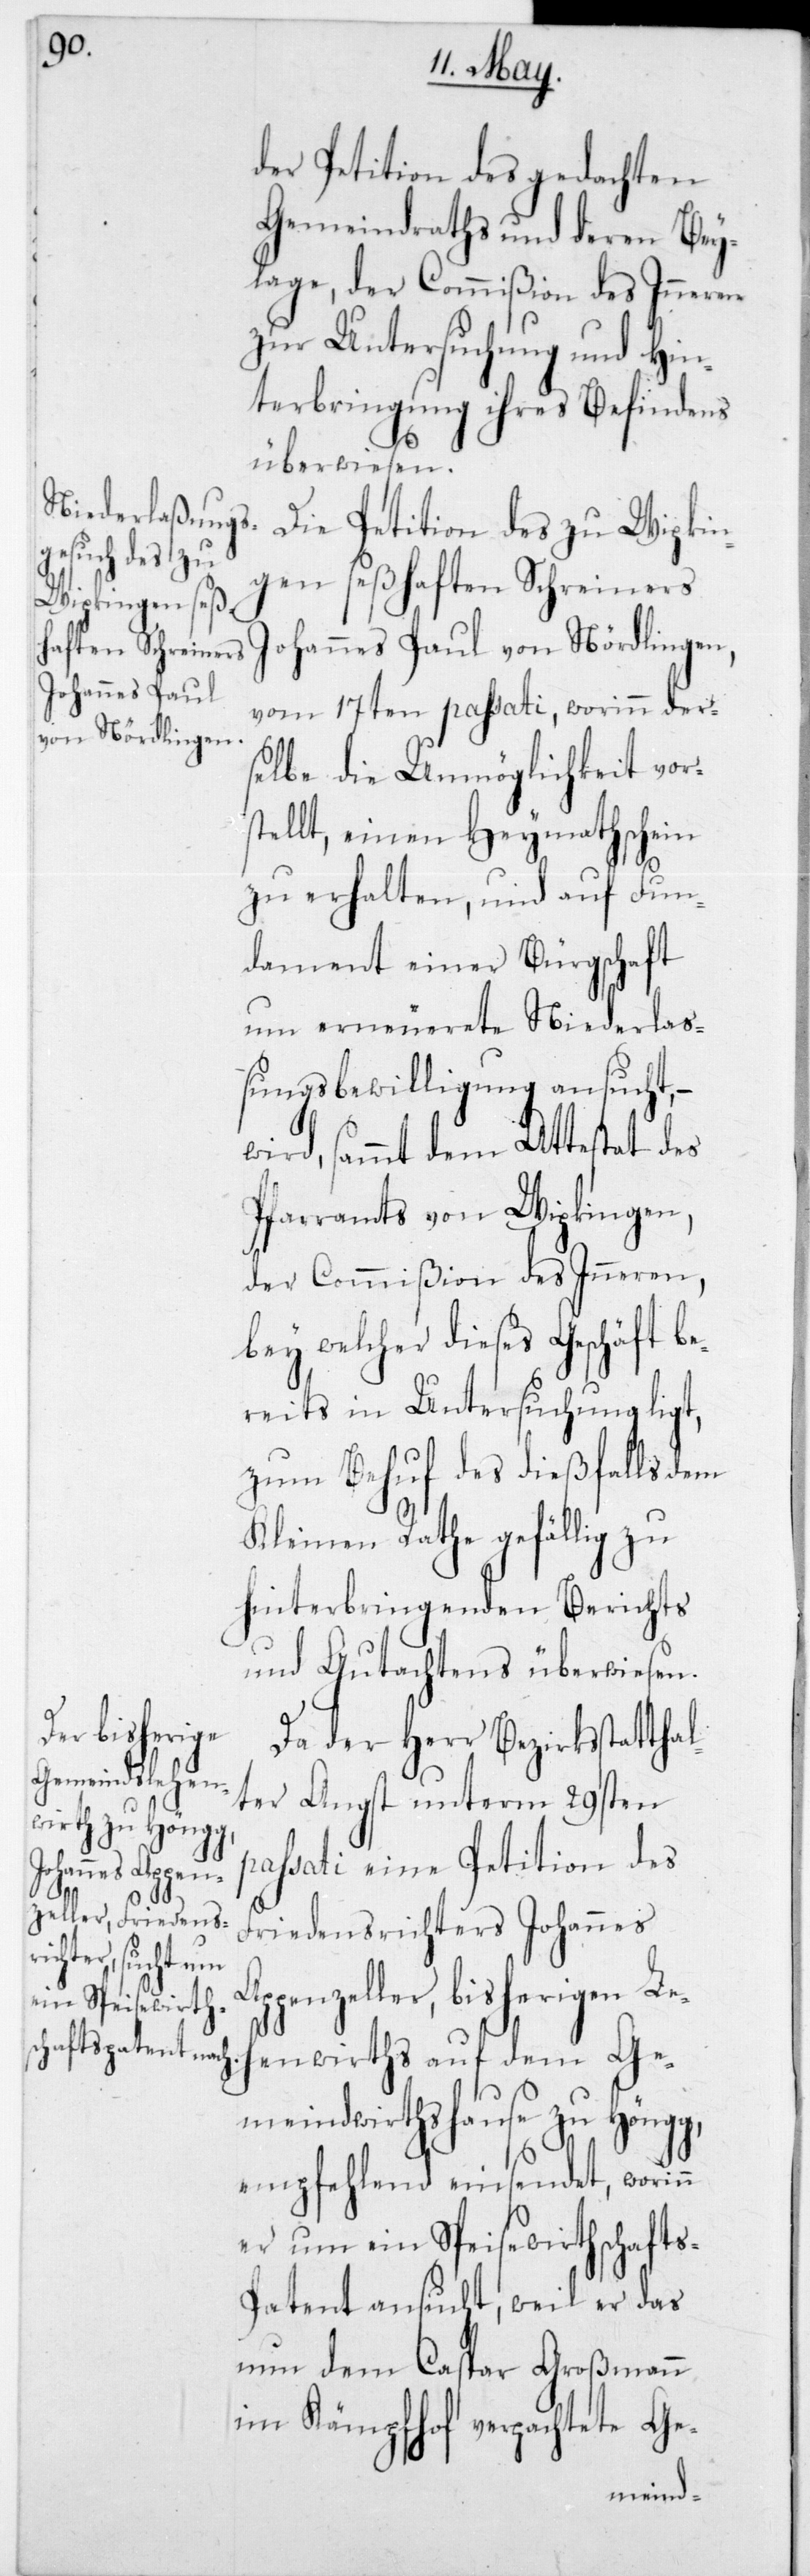
Ap¬

der Petition des gedachten
Gemeindraths und deren Bey¬
lage, der Commißion des Inneren
zur Untersuchung und Hin¬
terbringung ihres Befindens
überwiesen.
Die Petition des zu Wipkin¬
gen seßhaften Schreiners
Johannes Paul von Nördlingen,
vom 17ten passati, worinn der¬
selbe die Unmöglichkeit vors¬
tellt, einen Heymathschein
zu erhalten, und auf Fun¬
dament einer Bürgschaft
um erneuerete Niederlaß¬
ungsbewilligung ansucht, –
wird, sammt dem Attestat des
Pfarramts von Wipkingen,
der Commißion des Inneren,
bey welcher dieses Geschäft be¬
reits in Untersuchung ligt,
zum Behuf des dießfalls dem
Kleinen Rathe gefällig zu
hinterbringenden Berichts
und Gutachtens überwiesen.
Da der Herr Bezirksstatthal¬
ter Angst unterm 29sten
passati eine Petition des
Friedensrichters Johannes
penzeller, bisherigen Le¬
henwirths auf dem Ge¬
meindswirthshause zu Höngg,
empfehlend einsendet, worinn
er um ein Speisewirthschaft¬
s-Patent ansucht, weil er das
nun dem Caspar Großmann
im Kämpfhof verpachtete Ge-